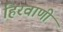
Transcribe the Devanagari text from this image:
हिरवाणी